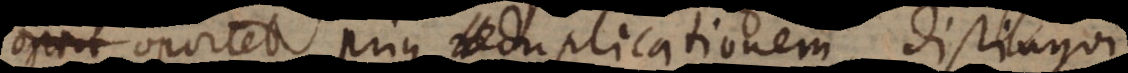
ium oportet prius duplicationem distingui